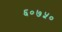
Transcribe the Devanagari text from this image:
६०७५०